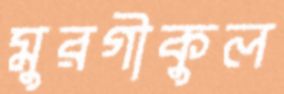
মুরগীকুল